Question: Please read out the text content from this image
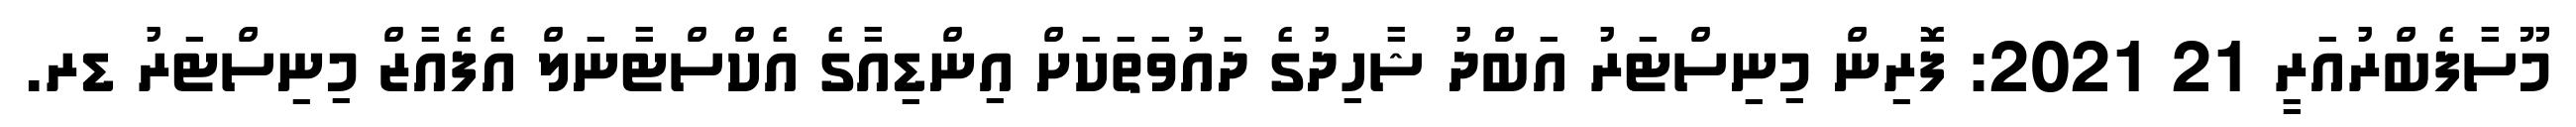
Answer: މޫސާފެބްރުއަރީ 21 2021: ފޮރިން މިނިސްޓަރު އަބްދު ޝާހިދުގެ ދައުވަތަކަށް އިންޑިއާގެ އެކްސްޓާނަލް އެފެއާޒް މިނިސްޓަރު ޑރ.